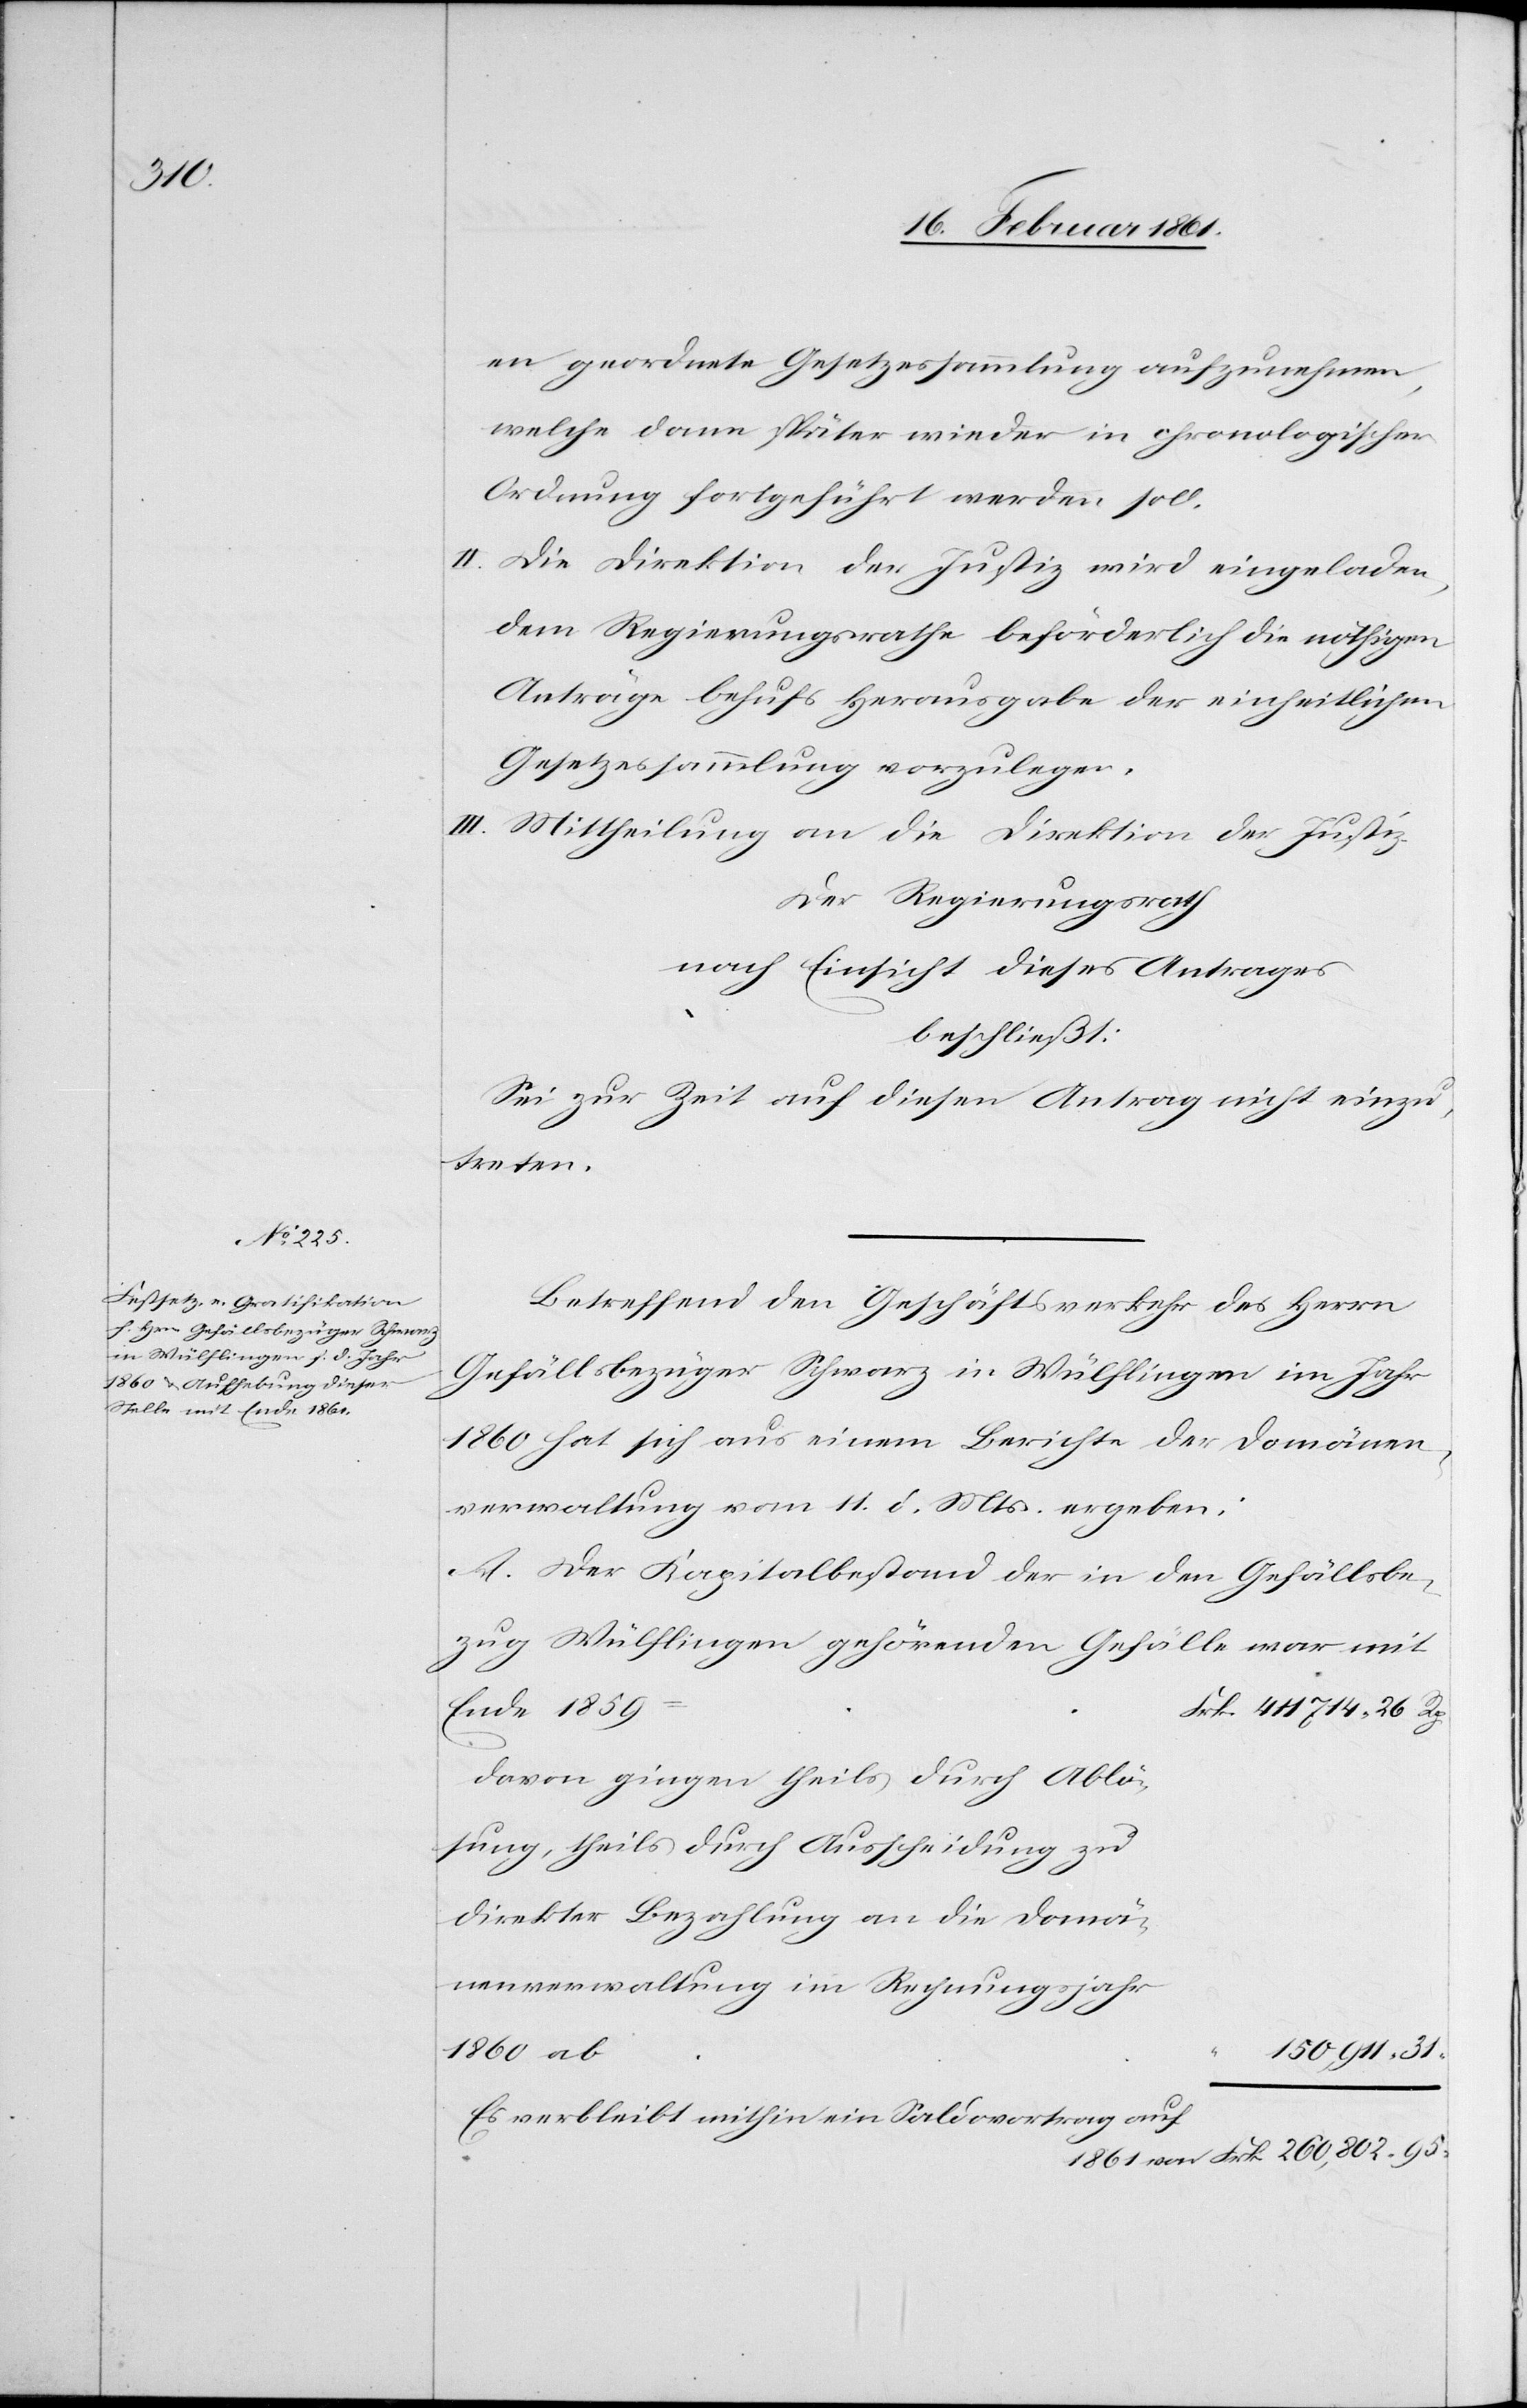
31

en geordnete Gesetzessammlung aufzunehmen,
welche dann später wieder in chronologischer
Ordnung fortgeführt werden soll.
II. Die Direktion der Justiz wird eingeladen,
dem Regierungsrathe beförderlich die nöthigen
Anträge behufs Herausgabe der einheitlichen
Gesetzessammlung vorzulegen.
III. Mittheilung an die Direktion der Justiz.
Der Regierungsrath
nach Einsicht dieses Antrages
beschließt:
Sei zur Zeit auf diesen Antrag nicht einzu¬
treten.
Betreffend den Geschäftsverkehr des Herrn
Gefällsbezüger Schwarz in Wülflingen im Jahr
1860 hat sich aus einem Berichte der Domänen¬
verwaltung vom 11. d. Mts. ergeben:
A. Der Kapitalbestand der in den Gefällsbe¬
zug Wülflingen gehörenden Gefälle war mit
Ende 1859
davon gingen theils durch Ablö¬
sung, theils durch Ausscheidung zu
direkter Behandlung an die Domä¬
nenverwaltung im Rechnungsjahr
1860 ab
Es verbleibt mithin ein Saldovortrag auf